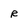
Character: R